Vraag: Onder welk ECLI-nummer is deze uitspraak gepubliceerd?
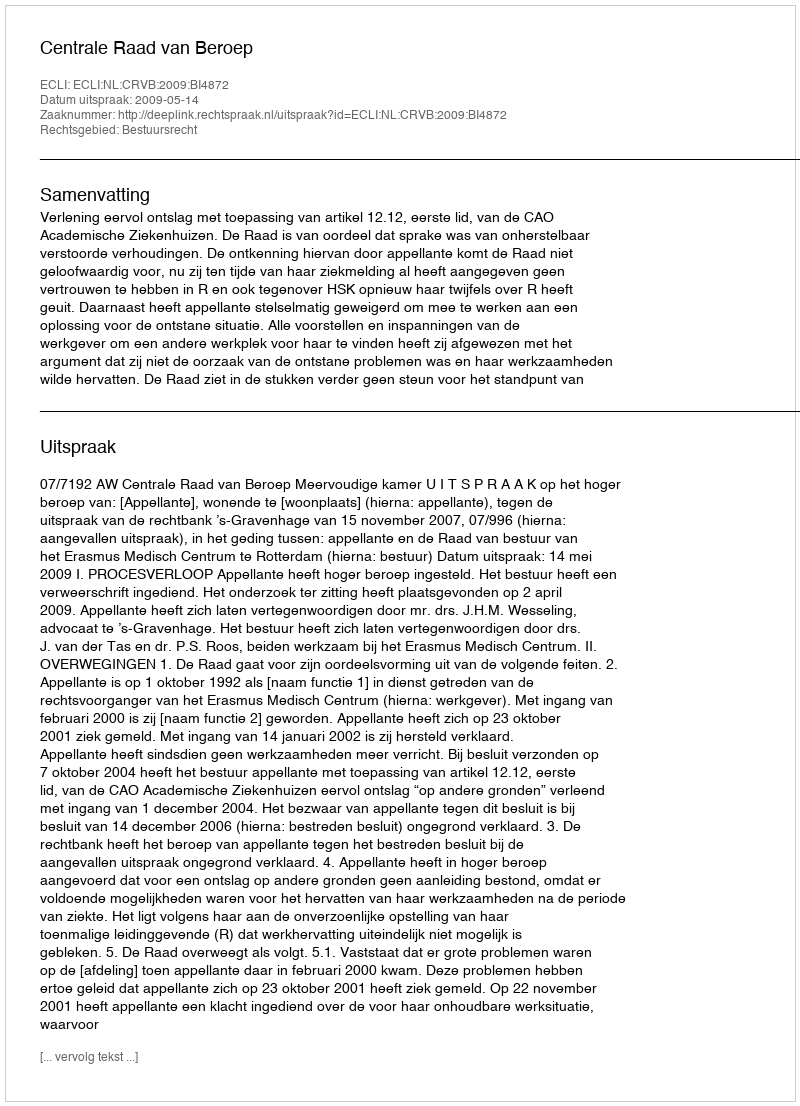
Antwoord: ECLI:NL:CRVB:2009:BI4872